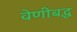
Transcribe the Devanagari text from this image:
वेणीबद्ध